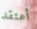
أعتقد